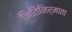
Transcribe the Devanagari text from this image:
नितिनिर्माता